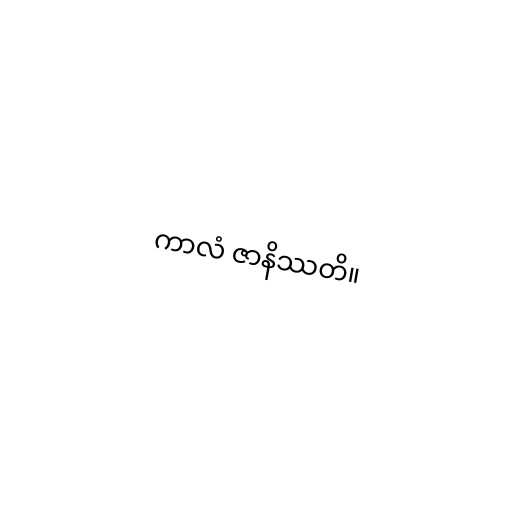
ကာလံ ဇာနိဿတိ။